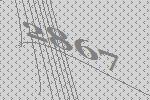
2867